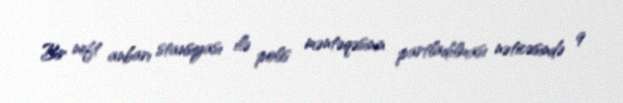
Bir neft anbarı stansiyası ilə polis məntəqəsinin partladılması nəticəsində 9